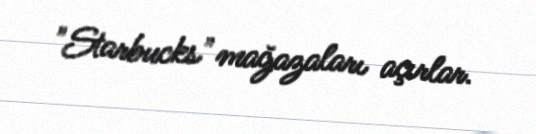
"Starbucks" mağazaları açırlar.